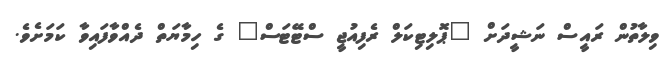
ވިލާތުން ރައީސް ނަޝީދަށް "ޕޮލިޓިކަލް ރެފިއުޖީ ސްޓޭޓަސް" ގެ ހިމާޔަތް ދެއްވާފައިވާ ކަމަށެވެ.